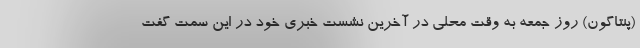
(پنتاگون) روز جمعه به وقت محلی در آخرین نشست خبری خود در این سمت گفت